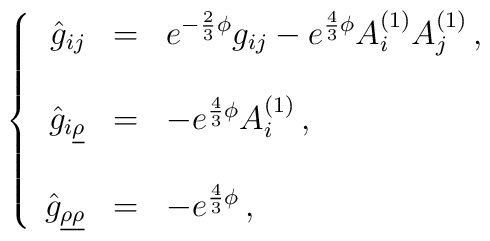
\left\{\begin{array}{rcl}\hat{g}_{ij} & = & e^{-\frac{2}{3}\phi}g_{ij} -e^{\frac{4}{3}\phi} A^{(1)}_{i}  A^{(1)}_{j}\, , \\& & \\\hat{g}_{i\underline{\rho}} & = & -e^{\frac{4}{3}\phi} A^{(1)}_{i}\, , \\& & \\\hat{g}_{\underline{\rho} \underline{\rho}} & = & -e^{\frac{4}{3}\phi}\, , \\\end{array}\right.